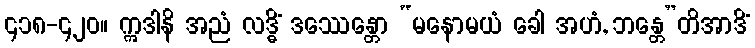
၄၁၈-၄၂၀။ ဣဒါနိ အညံ လဒ္ဓိံ ဒဿေန္တော “မနောမယံ ခေါ အဟံ, ဘန္တေ”တိအာဒိံ